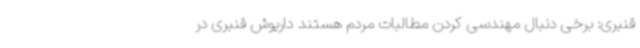
قنبری: برخی دنبال مهندسی کردن مطالبات مردم هستند داریوش قنبری در